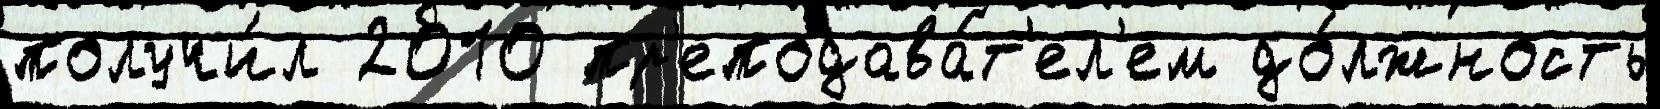
получи́л 2010 пр'еподава́т'ел'ем до́лжность